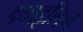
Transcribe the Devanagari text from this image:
इथाइलिन